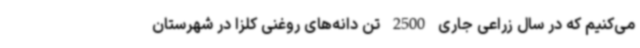
می‌کنیم که در سال زراعی جاری 2500 تن دانه‌های روغنی کلزا در شهرستان